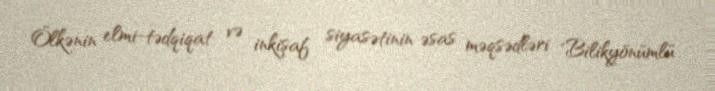
Ölkənin elmi-tədqiqat və inkişaf siyasətinin əsas məqsədləri "Bilikyönümlü